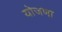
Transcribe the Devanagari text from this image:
योजणा